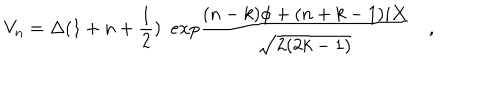
V _ { n } = \Delta ( 1 + n + { \frac { 1 } { 2 } } ) ~ ~ e x p { \frac { ( n - k ) \phi + ( n + k - 1 ) i X } { \sqrt { 2 ( 2 k - 1 ) } } } \quad ,